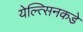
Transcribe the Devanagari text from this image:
येल्त्सिनकडे